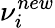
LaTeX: \nu_{i}^{new}